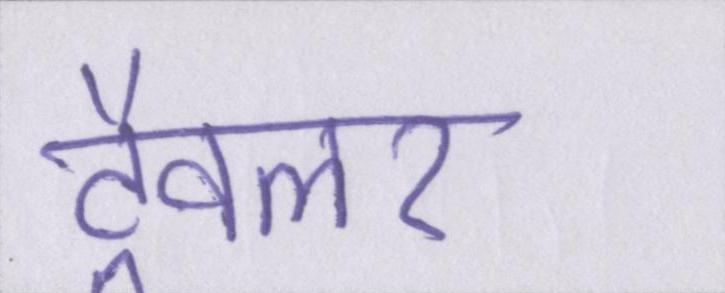
ट्रैवलर